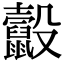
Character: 𪕸